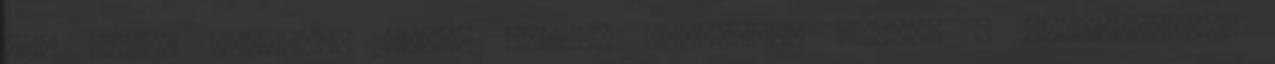
jön David Cameron. Orbán Viktor megvédett minket a migránsoktól